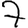
Digit: 7